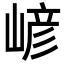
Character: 嵃